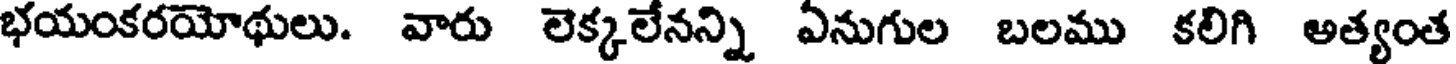
భయంకరయోథులు. వారు లెక్కలేనన్ని ఏనుగుల బలము కలిగి అత్యంత